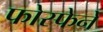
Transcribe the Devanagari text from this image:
फोस्फेने